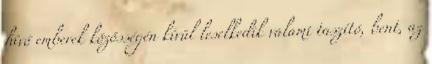
hívő emberek közösségén kívül leselkedik valami taszító, bent, az